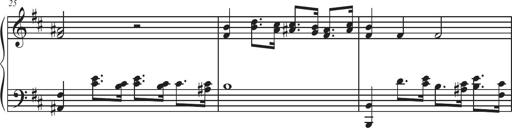
Title: Sonatina Espania
Composer: Jerald Franklin Archer
Key: Various